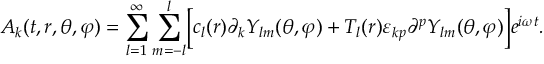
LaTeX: A _ { k } ( t , r , \theta , \varphi ) = \sum _ { l = 1 } ^ { \infty } \sum _ { m = - l } ^ { l } \Bigr [ c _ { l } ( r ) \partial _ { k } Y _ { l m } ( \theta , \varphi ) + T _ { l } ( r ) \varepsilon _ { k p } \partial ^ { p } Y _ { l m } ( \theta , \varphi ) \Bigr ] e ^ { i \omega t } .